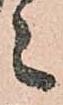
々